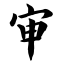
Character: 审